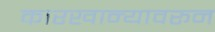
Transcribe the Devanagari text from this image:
कारखान्यावरून